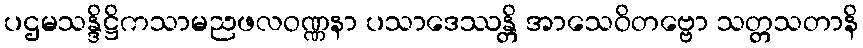
ပဌမသန္ဒိဋ္ဌိကသာမညဖလဝဏ္ဏနာ ပသာဒေဿန္တိ အာသေဝိတဗ္ဗော သတ္တသတာနိ